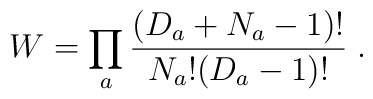
W=\prod_a \frac{(D_a+N_a-1)!}{N_a!(D_a-1)!} \;.